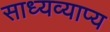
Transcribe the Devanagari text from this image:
साध्यव्याप्य